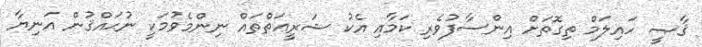
ޤާޞީ ހައިލަމް ތިގޮތަށް އިންސާފުވެރި ކަމާއި އެކު ޝަރީޢަތްތައް ނިންމެވުމަކީ ނުޙައްޤުން އަނިޔާ